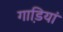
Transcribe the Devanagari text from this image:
गाडि़यां